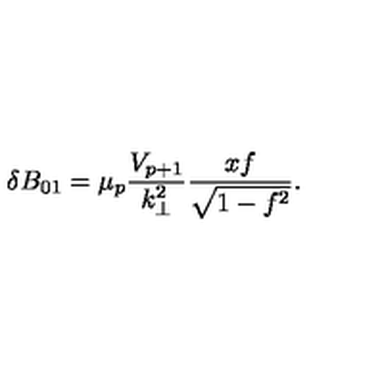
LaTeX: \delta B _ { 0 1 } = { \mu _ { p } } \frac { V _ { p + 1 } } { k _ { \bot } ^ { 2 } } \frac { x f } { \sqrt { 1 - f ^ { 2 } } } .